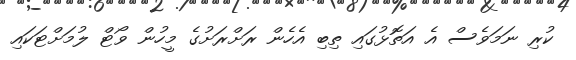
ކުރި ނަމަވެސް އެ އަތޮޅުގައި ތިބި އެހެން ރަށްރަށުގެ މީހުން ވޯޓް ލުމަށްޓަކައި